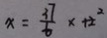
x = \frac { 3 7 } { 6 } x + 2 ^ { 2 }